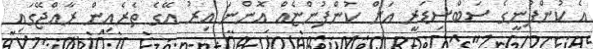
އެ ކުންފުނީގެ ސަބްސިޑަރީ އަށް ކުންފުންޏެއް އޮންނަ އިރު އޭގެ ތެރެއިން ރާއްޖޭގައި